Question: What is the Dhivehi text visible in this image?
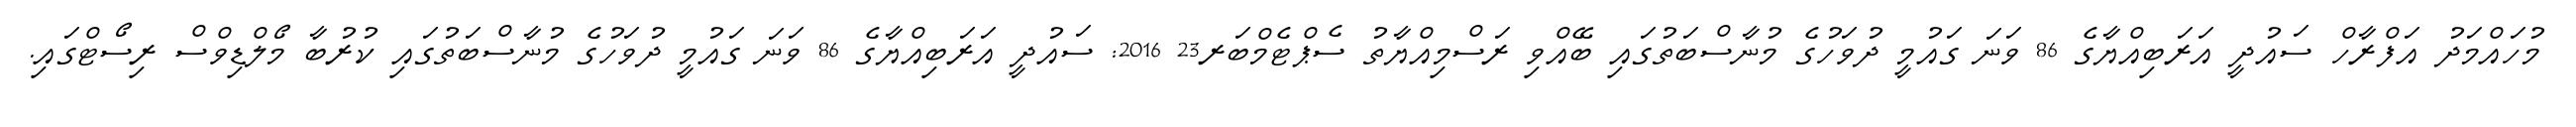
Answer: މުހައްމަދު އަފްރާހް ސައުދީ އަރަބިއްޔާގެ 86 ވަނަ ގައުމީ ދުވަހުގެ މުނާސްބަތުގައި ބޭއްވި ރަސްމިއްޔާތު ސެޕްޓެމްބަރ23 2016: ސައުދީ އަރަބިއްޔާގެ 86 ވަނަ ގައުމީ ދުވަހުގެ މުނާސްބަތުގައި ކުރުބާ މޯލްޑިވްސް ރިސޯޓްގައި.